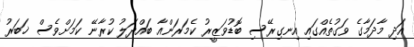
އަދި މާދަމާގެ ވަގުތެއްގައި އިނގިރޭސި ބޮޑުވަޒީރު ކެމަރަންއާ ބައްދަލު ކުރާނޭ ކަމަށްވެސް ޚަބަރު